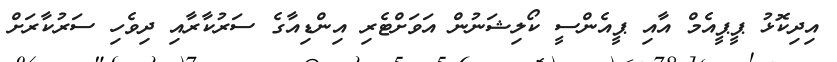
އިދިކޮޅު ޕީޕީއެމް އާއި ޕީއެންސީ ކޯލިޝަނުން އަވަށްޓެރި އިންޑިއާގެ ސަރުކާރާއި ދިވެހި ސަރުކާރަށް